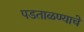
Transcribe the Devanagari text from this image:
पडताळण्याचे